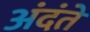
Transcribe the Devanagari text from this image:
अंदंते